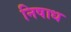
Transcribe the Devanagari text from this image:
निषाध